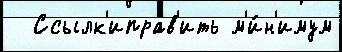
  Ссылк'иправ'ить м'и́н'имум